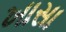
ખાસા